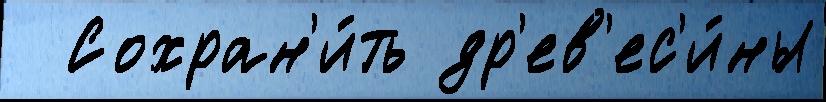
  Сохран'и́ть др'ев'ес'и́ны